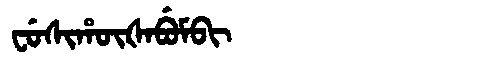
Manchu: ᠸᡠᠰᡳᡥᡡᡧᠠᠪᡠᠮᠪᡳ
Romanization: FUSIHŪŠABUMBI